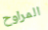
المراوح